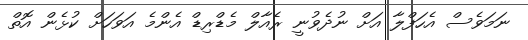
ނަމަވެސް އެހަފްލާ އަށް ނުދެވުނީ ރެއާލް މެޑްރިޑް އެންމެ އަވަހަށް ކުޅެން އޮތް